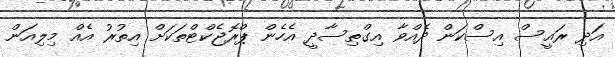
އަދި ރައީސް އިސްކަން ދެއްވާ އިގްތިސާދީ އެހެން ޕްރޮޖެކްޓްތަކަށް އިތުރު އެއް މިލިއަން